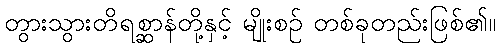
တွားသွားတိရစ္ဆာန်တို့နှင့် မျိုးစဉ် တစ်ခုတည်းဖြစ်၏။